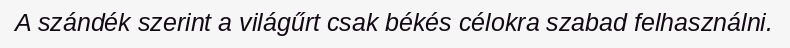
A szándék szerint a világűrt csak békés célokra szabad felhasználni.